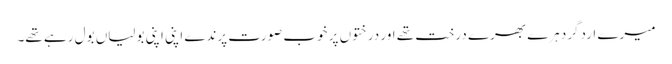
میرے اردگرد ہرے بھرے درخت تھے اور درختوں پر خوب صورت پرندے اپنی اپنی بولیاں بول رہے تھے۔